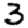
Digit: 3